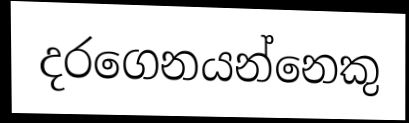
දරගෙනයන්නෙකු